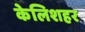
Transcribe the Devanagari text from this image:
केलिशहर